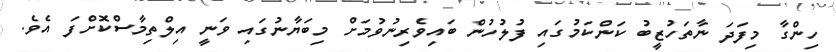
ހިންގާ މިފަދަ ނާތަހުޒީބު ކަންކަމުގައި ފުލުހުން ބައިވެރިނުވުމަށް މިބަޔާނުގައި ވަނީ އިލްތިމާސްކޮށްފަ އެވެ.